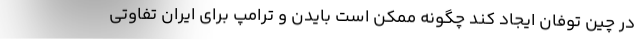
در چین توفان ایجاد کند چگونه ممکن است بایدن و ترامپ برای ایران تفاوتی